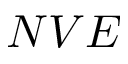
N V E